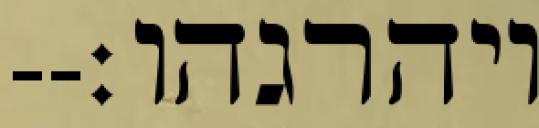
ויהרגהו׃--